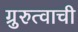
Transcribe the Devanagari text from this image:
ग्रुरुत्वाची